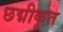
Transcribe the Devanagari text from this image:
छद्मीकृत